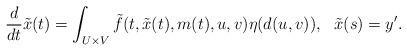
LaTeX: \begin{align*}\frac{d}{dt}\tilde{x}(t)=\int_{U\times V}\tilde{f}(t,\tilde{x}(t),m(t),u,v)\eta(d(u,v)),\ \ \tilde{x}(s)=y'.\end{align*}